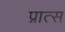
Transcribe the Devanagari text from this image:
प्रात्स